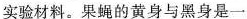
实验材料。果蝇的黄身与黑身是一